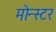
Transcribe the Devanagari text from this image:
मोन्स्टर